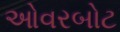
ઓવરબોટ